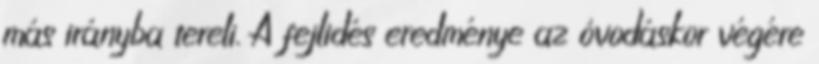
más irányba tereli. A fejlıdés eredménye az óvodáskor végére